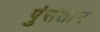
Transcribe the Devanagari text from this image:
पुंसंतान